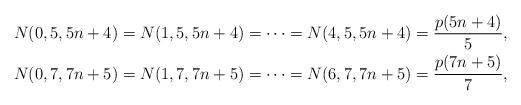
LaTeX: \begin{align*}N(0,5,5n+4)=N(1,5,5n+4)=\cdots=N(4,5,5n+4)=\dfrac{p(5n+4)}{5},\\N(0,7,7n+5)=N(1,7,7n+5)=\cdots=N(6,7,7n+5)=\dfrac{p(7n+5)}{7},\end{align*}